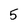
Character: 5